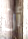
أن